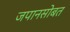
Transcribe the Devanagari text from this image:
जपानसोबत